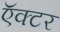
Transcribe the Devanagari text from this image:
ऍक्टर